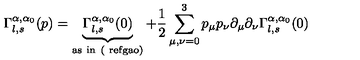
\Gamma _ { l , s } ^ { \alpha , \alpha _ { 0 } } ( p ) = \underbrace { \Gamma _ { l , s } ^ { \alpha , \alpha _ { 0 } } ( 0 ) } _ { \mathrm { { a s \ i n \ ( \ r e f { g a o } } ) } } + \frac { 1 } { 2 } \sum _ { \mu , \nu = 0 } ^ { 3 } p _ { \mu } p _ { \nu } \partial _ { \mu } \partial _ { \nu } \Gamma _ { l , s } ^ { \alpha , \alpha _ { 0 } } ( 0 )